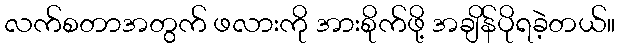
လက်စတာအတွက် ဖလားကို အားစိုက်ဖို့ အချိန်ပိုရခဲ့တယ်။